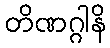
တိဏဂ္ဂါနိ